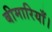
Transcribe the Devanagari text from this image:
बीमारियाँ।